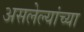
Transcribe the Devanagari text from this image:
असलेल्यांच्या